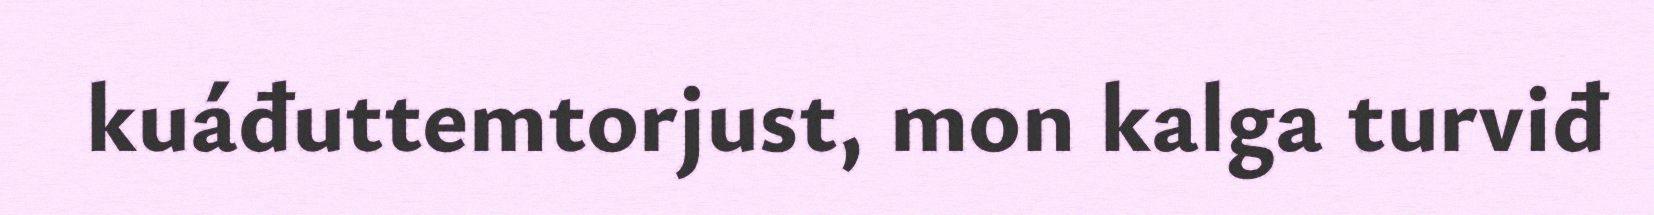
kuáđuttemtorjust, mon kalga turviđ